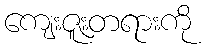
ကျေးဇူးတရားကို